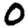
Digit: 0